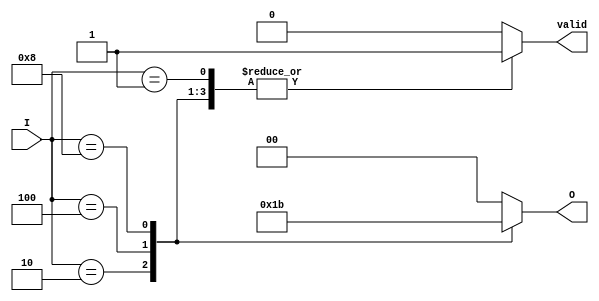
module one_of_n_encoder (
    input wire [3:0] I,        // 4 input lines
    output reg [1:0] O,        // 2-bit binary output
    output reg valid           // Valid output signal
);

// Priority Encoder Logic
always @(*) begin
    case (I)
        4'b0001: begin O = 2'b00; valid = 1'b1; end // I[0]
        4'b0010: begin O = 2'b01; valid = 1'b1; end // I[1]
        4'b0100: begin O = 2'b10; valid = 1'b1; end // I[2]
        4'b1000: begin O = 2'b11; valid = 1'b1; end // I[3]
        default: begin O = 2'b00; valid = 1'b0; end // No valid input
    endcase
end

endmodule